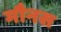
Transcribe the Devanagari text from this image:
मौनस